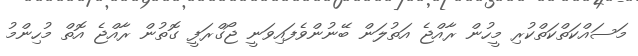
މަސައްކަތްކަތްކުރި މީހުން ރާއްޖެ އަތުލަން ބޭނުންވެފައިވަނީ ޖޯގްރަފީ ގޮތުން ރާއްޖެ އޮތް މުހިންމު